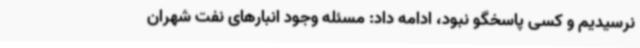
نرسیدیم و کسی پاسخگو نبود، ادامه داد: مسئله وجود انبارهای نفت شهران